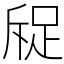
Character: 䟟